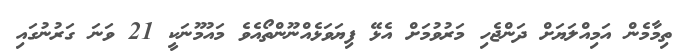
ތިމާމެން އަމިއްލަޔަށް ދަންޖެހި މަރުވުމަށް އެޅޭ ފިޔަވަޅެއްނޫންތޯއެވެ މައުމޫނަކީ 21 ވަނަ ގަރުނުގައި